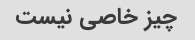
چیز خاصی نیست